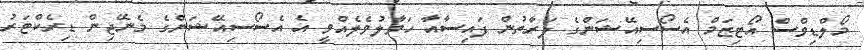
މޯލްޑިވްސް އޯޓިޒަމް އެސޯސިއޭޝަންގެ ފަރާތުން ފައިސާއާ ހަވާލުވެލެއްވީ އެ އެސޯސިއޭޝަންގެ މެނޭޖިން ޑިރެކްޓަރު